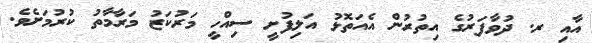
އާއި ރ. ދުވާފަރުގެ އިތުރުން އެއަތޮޅު އަލިފުށީ ސިއްހީ މަރުކަޒު މަރާމާތު ކުރުމަށެވެ.